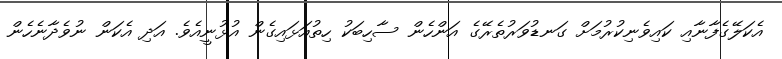
އެކަލޭގެފާނާއި ކައިވެނިކުރުމަށް ގަނޑުވަރުތެރޭގެ އަންހެން ސާހިބަކު ހިތުއަޅައިގެން އުޅުނީއެވެ. އަދި އެކަން ނުވެދާނެހެން